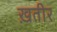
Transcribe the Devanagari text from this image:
ख़तीर